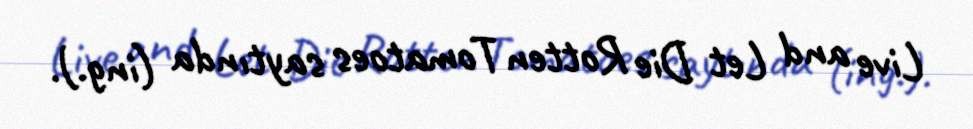
Live and Let Die Rotten Tomatoes saytında (ing.).